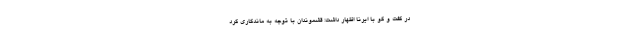
در گفت و گو با ایرنا اظهار داشت: قشموندان با توجه به ماندگاری گرد